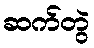
ဆက်တွဲ